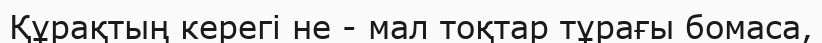
Құрақтың керегі не - мал тоқтар тұрағы бомаса,